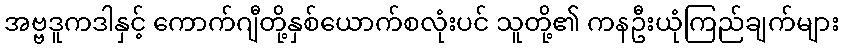
အဗ္ဗဒူကဒါနှင့် ကောက်ဂျီတို့နှစ်ယောက်စလုံးပင် သူတို့၏ ကနဦးယုံကြည်ချက်များ